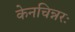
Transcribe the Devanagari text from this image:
केनचिन्नरः